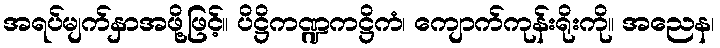
အရပ်မျက်နှာအဖို့ဖြင့်။ ပိဋ္ဌိကဏ္ဍကဋ္ဌိကံ၊ ကျောက်ကုန်းရိုးကို။ အညေန၊